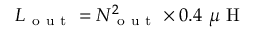
L _ { \mathrm { ~ o ~ u ~ t ~ } } = N _ { \mathrm { ~ o ~ u ~ t ~ } } ^ { 2 } \times 0 . 4 ~ \mu \mathrm { ~ H ~ }